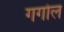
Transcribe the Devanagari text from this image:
गगोल